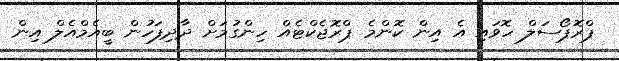
ޕްރޮޕޯސަލް ހޮވައި އެ އިން ކޮންމެ ޕްރޮޖެކްޓެއް ހިންގުމަށް ދާދިފަހުން ބީއެމްއެލް އިން